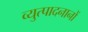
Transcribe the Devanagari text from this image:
व्युत्पादनानों